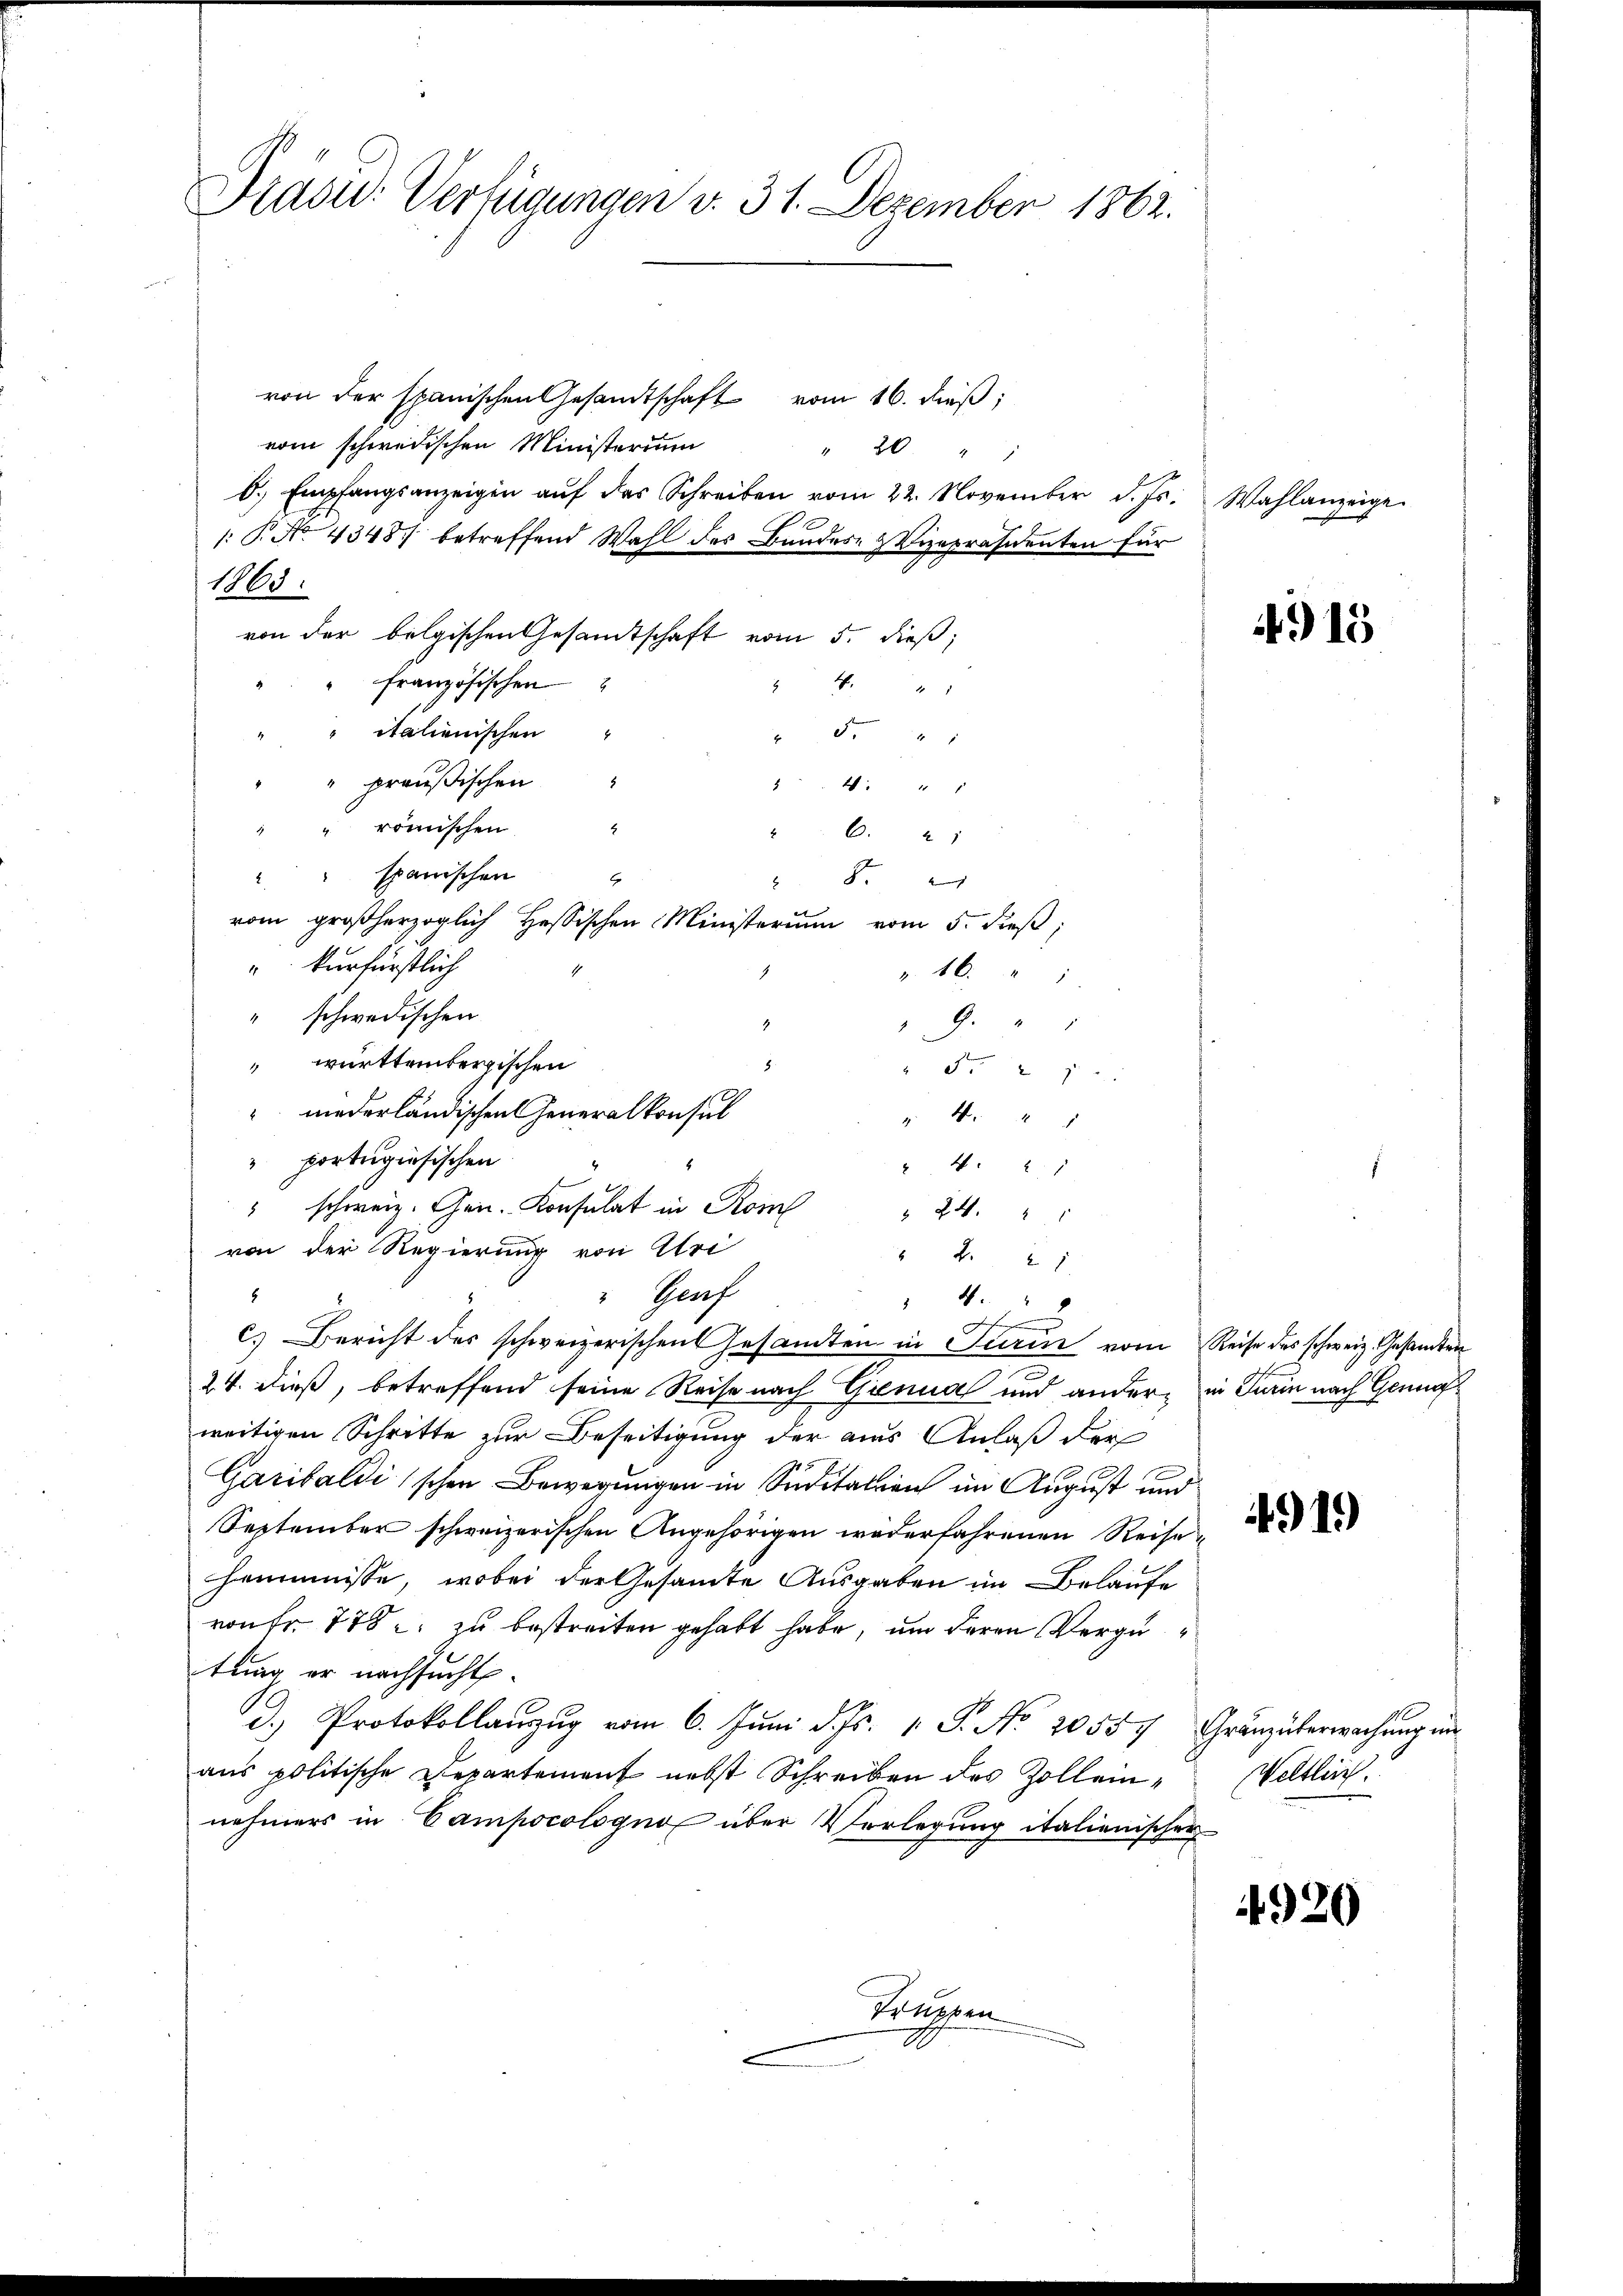
" schweiz. Gen. Konsulat in Rom
 24.
von der Regierung von Uri
 42 x
" Genf
5
4. "
e
c.) Bericht des schweizerischen Gesamten in Pierin vom Reise des schweiz. Gesamten
24. dieß, betreffend seine Reise nach Genua und andere in Turin nach Geneweitigen Schritte zur Beseitigung der aus Anlaß der
Garibaldischen Bewegungen in Suditation im August und
September schweizerischen Angehörigen wederfahrenen Reise¬
Häumnisse, wobei der Gesamte Ausgaben im Belaufe
von Fr. 778 u. zu bestreiten gehabt habe, um deren Vergü
tung er nachsucht.
d. Protokollanzug vom 6. Juni d. Js. 1. J. No. 2055. Gränzüberwachung in
aus politische Departement nebst Schreiben des Zolleinnehmers in Campocologno über Vorlegung italienischer
Kragen

Pradid: Verfügungen v. 31. Dezember 1862.
von der spanischen Gesandtschaft vom 16. dieß,
vom schwedischen Ministerium
" 20 "
b. Empfangsanzeigen aŭf das Schreiben vom 22. November d. Js. Wahlanzeige
: P. No. 4348. betreffend Wahl des Bundes Vizepräsidenten für
1863.
von der belgischen Gesamtschaft vom 5. dieß,
französischen
1.41
2.
 italienischen
8
" preußischen
 24 x
“ römischen
8
6. 21
" spanischen
8
vom großherzoglich Hessischen Ministerium vom 5. dieß,
"kurfürstlich
 46.
" schwedischen
9.
 württembergischen
8.
 2 x
" niederländischen Generalkonsul
4
 portugisischen
24.
.

4915

919)

Weltlich.

4920